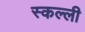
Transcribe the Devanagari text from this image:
स्कल्ली